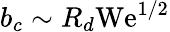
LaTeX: b_{c}\sim R_{d}\mathrm{We}^{1/2}